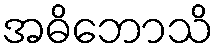
အဓိဘောသိ